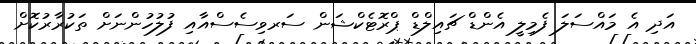
އަދި އެ މައްސަލަ ފެމިލީ އެންޑް ޗައިލްޑް ޕްރޮޓެކްޝަން ސަރވިސެސްއާއި ފުލުހުންނަށް ތަކުރާރުކޮށް